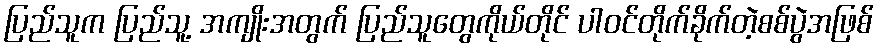
ပြည်သူက ပြည်သူ့ အကျိုးအတွက် ပြည်သူတွေကိုယ်တိုင် ပါဝင်တိုက်ခိုက်တဲ့စစ်ပွဲအဖြစ်